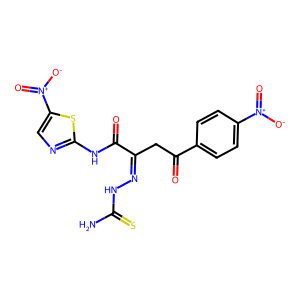
SMILES: NC(=S)NN=C(CC(=O)c1ccc([N+](=O)[O-])cc1)C(=O)Nc1ncc([N+](=O)[O-])s1
Inhibits HIV replication: No